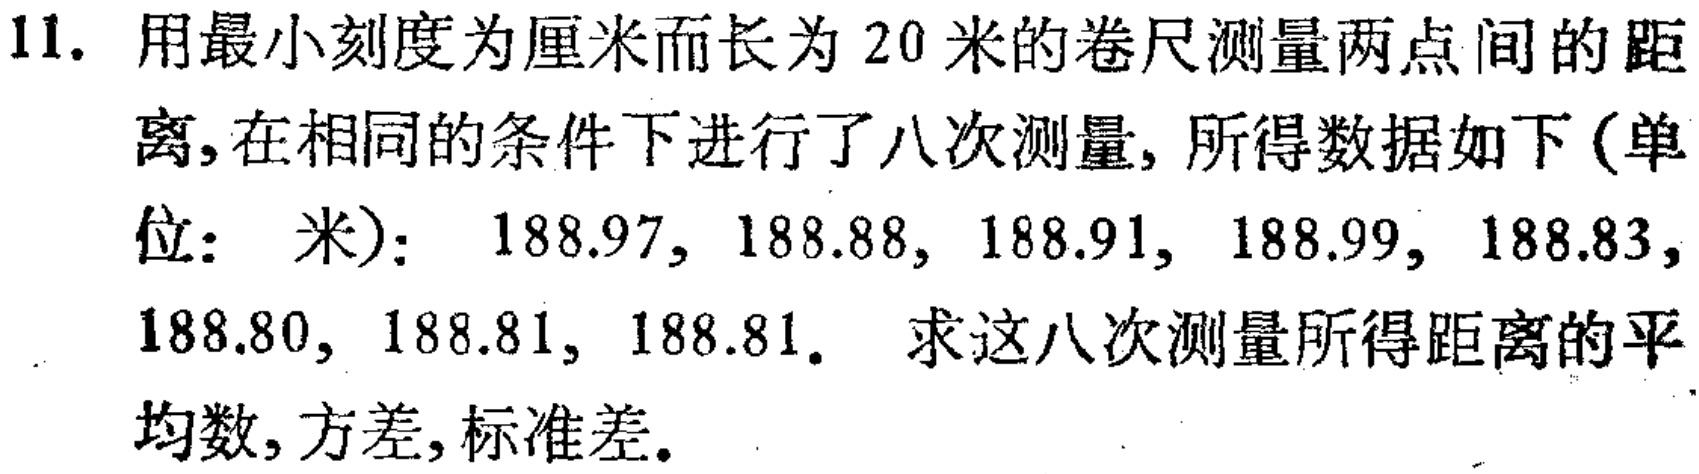
11. 用最小刻度为厘米而长为 20 米的卷尺测量两点间的距离, 在相同的条件下进行了八次测量, 所得数据如下 (单位：米)：$188.97, 188.88, 188.91, 188.99, 188.83, 188.80, 188.81, 188.81.$ 求这八次测量所得距离的平均数, 方差, 标准差.